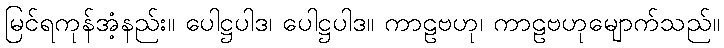
မြင်ရကုန်အံ့နည်း။ ပေါဋ္ဌပါဒ၊ ပေါဋ္ဌပါဒ။ ကာဠဗဟု၊ ကာဠဗဟုမျောက်သည်။